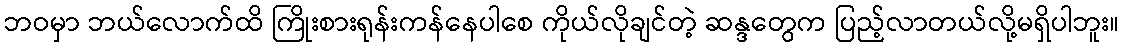
ဘဝမှာ ဘယ်လောက်ထိ ကြိုးစားရုန်းကန်နေပါစေ ကိုယ်လိုချင်တဲ့ ဆန္ဒတွေက ပြည့်လာတယ်လို့မရှိပါဘူး။